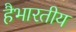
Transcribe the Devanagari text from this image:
हैभारतीय